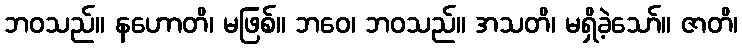
ဘဝသည်။ နဟောတိ၊ မဖြစ်။ ဘဝေ၊ ဘဝသည်။ အသတိ၊ မရှိခဲ့သော်။ ဇာတိ၊